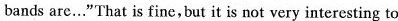
bands are..."That is fine,but it is not very interesting to